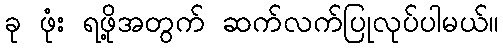
ခု ဖုံး ရဖို့အတွက် ဆက်လက်ပြုလုပ်ပါမယ်။